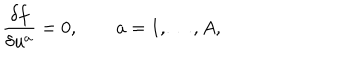
LaTeX: \frac { \delta f } { \delta u ^ { a } } = 0 , \qquad a = 1 , \ldots , A ,